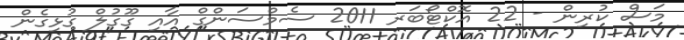
މަސް ކުރިން - 22 އޮކްޓޯބަރ 2011 ސެމްސަންގް އާއި ގޫގުލް ގުޅިގެން